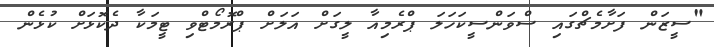
"ސީޒަން ފަށާމެޗްގައި ސްވަންސީކަހަލަ ޕްރެމިއާ ލީގަށް އަލަށް ޕްރޮމޯޓްވި ޓީމަކާ ދެކޮޅަށް ކުޅެން